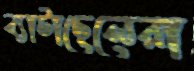
ব্যাটাছেলেরা